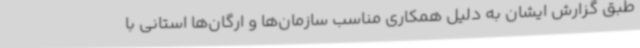
طبق گزارش ایشان به دلیل همکاری مناسب سازمان‌ها و ارگان‌ها استانی با